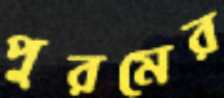
পুরমের